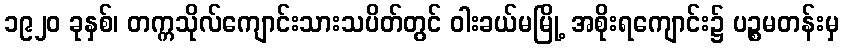
၁၉၂၀ ခုနှစ်၊ တက္ကသိုလ်ကျောင်းသားသပိတ်တွင် ဝါးခယ်မမြို့ အစိုးရကျောင်း၌ ပဉ္စမတန်းမှ